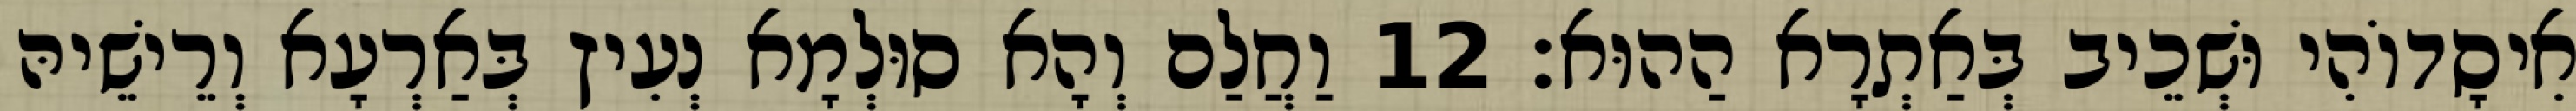
אִיסָדוֹהִי וּשְׁכֵיב בְּאַתְרָא הַהוּא׃ 12 וַחֲלַם וְהָא סוּלְמָא נְעִיץ בְּאַרְעָא וְרֵישֵׁיהּ